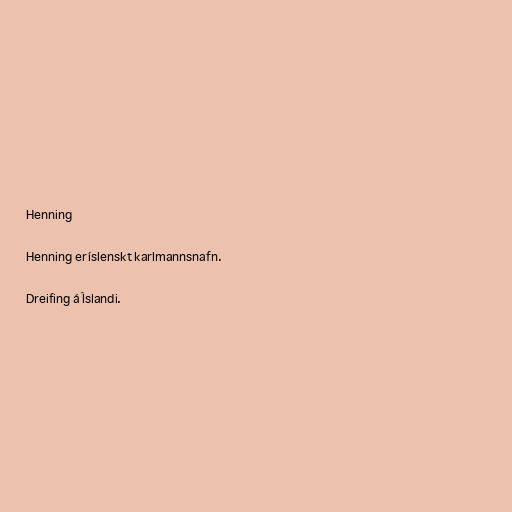
Henning

Henning er íslenskt karlmannsnafn.

Dreifing á Íslandi.